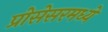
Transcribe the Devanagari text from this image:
प्रोसेसरमध्ये